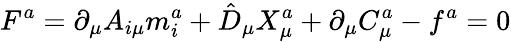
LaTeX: F^{a}=\partial_{\mu}A_{i\mu}m_{i}^{a}+\hat{D}_{\mu}X_{\mu}^{a}+\partial_{\mu}C_{\mu}^{a}-f^{a}=0